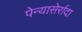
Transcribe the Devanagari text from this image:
पेन्यासेर्रादा